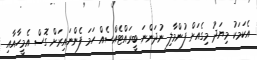
އެކަމަކު މިޔަދު މިގެއަށް ފުންމާލި ނުދަންނަ ބީރައްޓެއްސެއް ހަމަ ފެންނައިރަށް ގޮސް އެމީހާއާއި